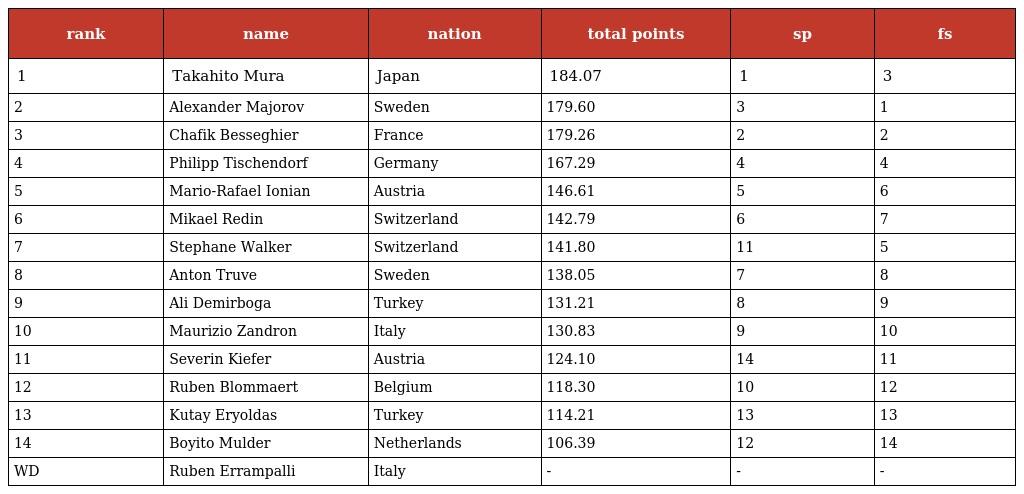
| rank | name | nation | total points | sp | fs |
 | --- | --- | --- | --- | --- | --- |
 | 1 | Takahito Mura | Japan | 184.07 | 1 | 3 |
 | 2 | Alexander Majorov | Sweden | 179.60 | 3 | 1 |
 | 3 | Chafik Besseghier | France | 179.26 | 2 | 2 |
 | 4 | Philipp Tischendorf | Germany | 167.29 | 4 | 4 |
 | 5 | Mario-Rafael Ionian | Austria | 146.61 | 5 | 6 |
 | 6 | Mikael Redin | Switzerland | 142.79 | 6 | 7 |
 | 7 | Stephane Walker | Switzerland | 141.80 | 11 | 5 |
 | 8 | Anton Truve | Sweden | 138.05 | 7 | 8 |
 | 9 | Ali Demirboga | Turkey | 131.21 | 8 | 9 |
 | 10 | Maurizio Zandron | Italy | 130.83 | 9 | 10 |
 | 11 | Severin Kiefer | Austria | 124.10 | 14 | 11 |
 | 12 | Ruben Blommaert | Belgium | 118.30 | 10 | 12 |
 | 13 | Kutay Eryoldas | Turkey | 114.21 | 13 | 13 |
 | 14 | Boyito Mulder | Netherlands | 106.39 | 12 | 14 |
 | WD | Ruben Errampalli | Italy | - | - | - |